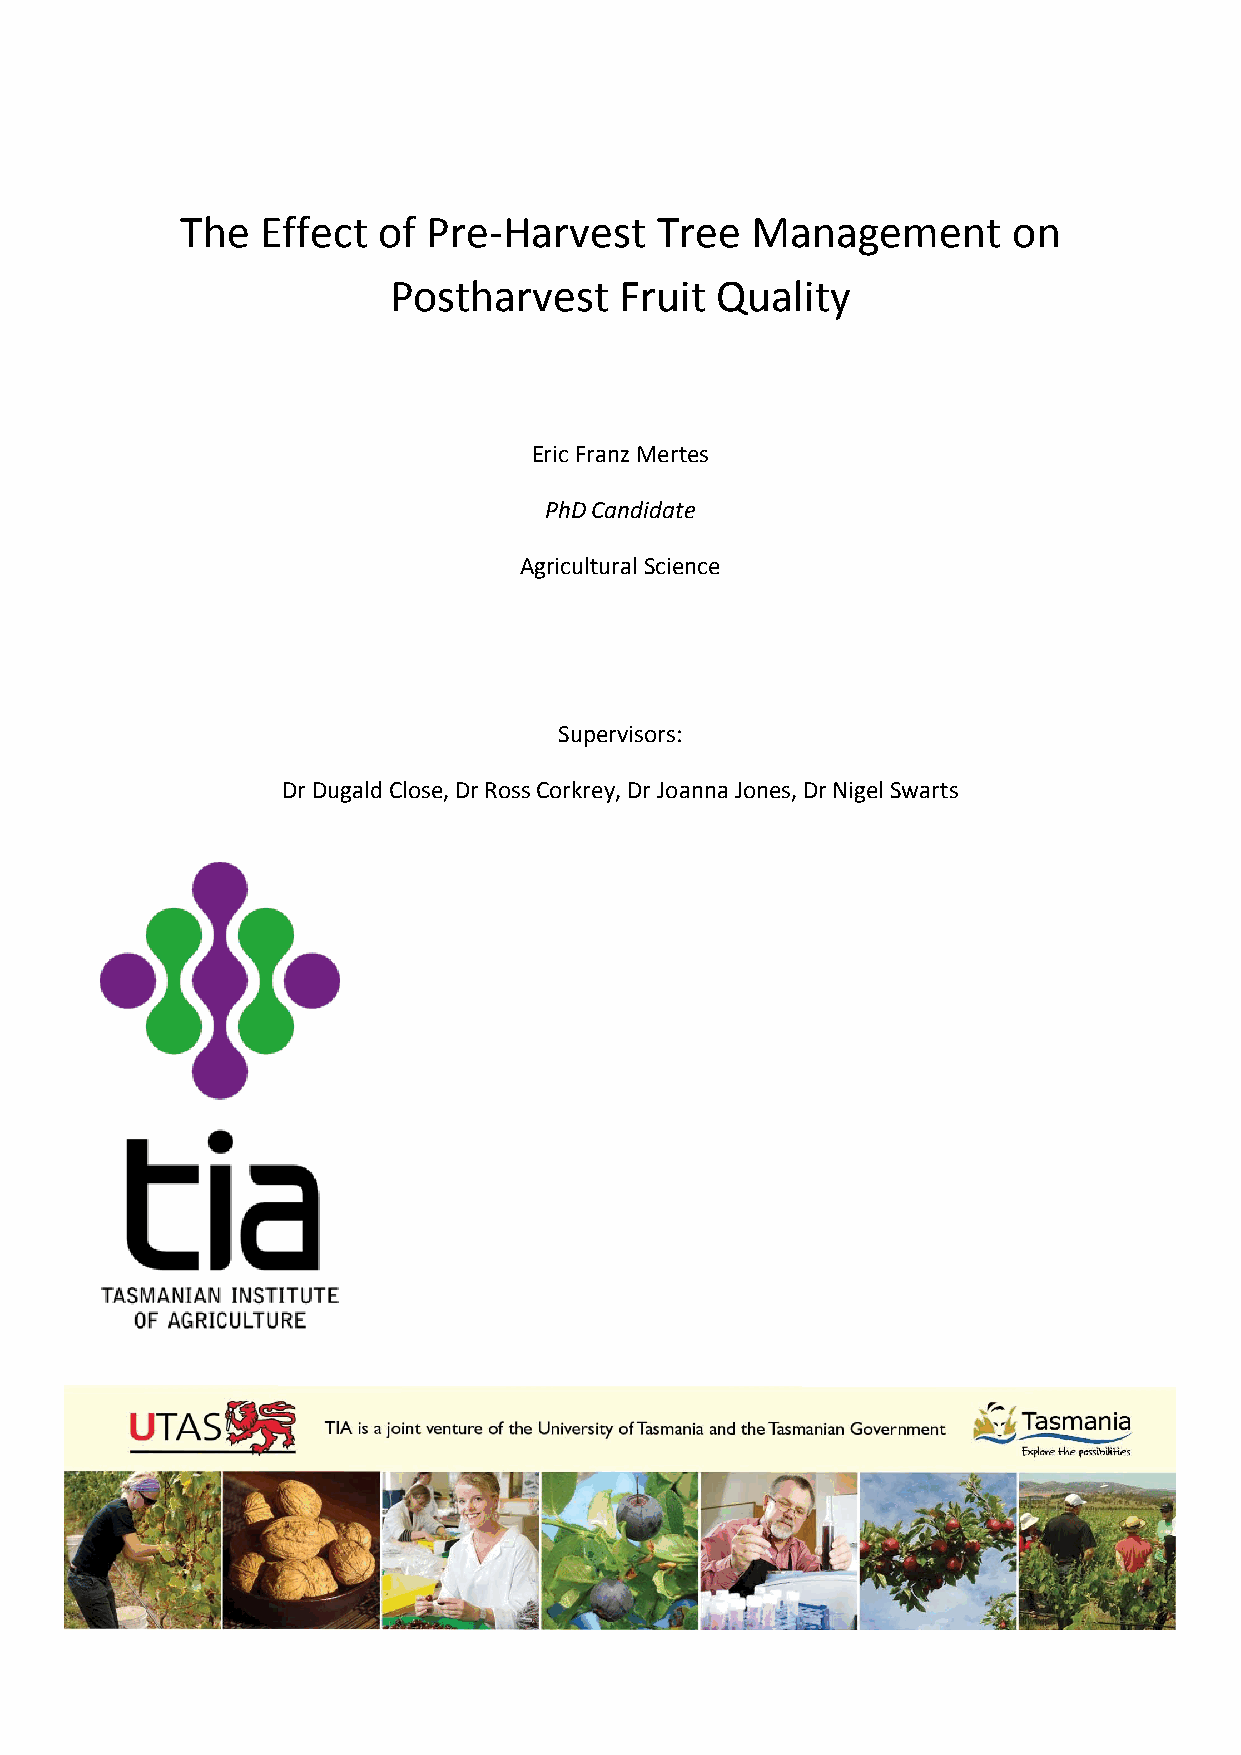
The  Effect  of Pre-Harvest    Tree   Management       on
 Postharvest    Fruit Quality
 Eric Franz Mertes
 PhD Candidate
 Agricultural Science
 Supervisors:
 Dr Dugald Close, Dr Ross Corkrey, Dr Joanna Jones, Dr Nigel Swarts